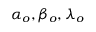
\alpha _ { o } , \beta _ { o } , \lambda _ { o }